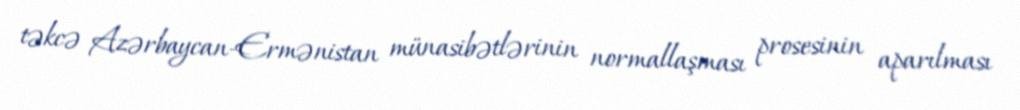
təkcə Azərbaycan-Ermənistan münasibətlərinin normallaşması prosesinin aparılması